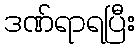
ဒဏ်ရာရပြီး